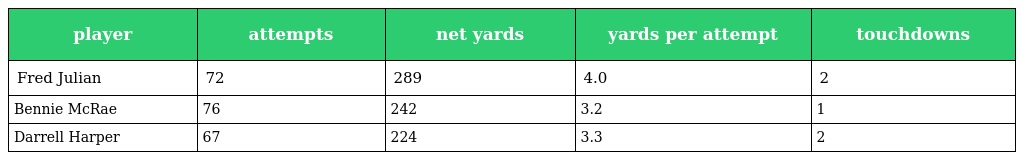
| player | attempts | net yards | yards per attempt | touchdowns |
 | --- | --- | --- | --- | --- |
 | Fred Julian | 72 | 289 | 4.0 | 2 |
 | Bennie McRae | 76 | 242 | 3.2 | 1 |
 | Darrell Harper | 67 | 224 | 3.3 | 2 |